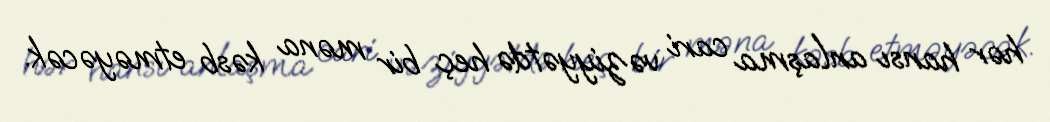
hər hansı anlaşma cari vəziyyətdə heç bir məna kəsb etməyəcək.